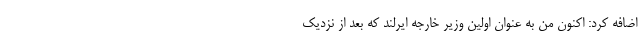
اضافه کرد: اکنون من به عنوان اولین وزیر خارجه ایرلند که بعد از نزدیک